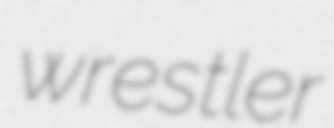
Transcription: wrestler